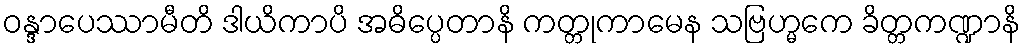
ဝန္ဒာပေဿာမီတိ ဒါယိကာပိ အဓိပ္ပေတာနိ ကတ္တုကာမေန သဗြဟ္မကေ ခိတ္တကဏ္ဍာနိ